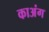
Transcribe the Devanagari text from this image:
काअंग